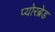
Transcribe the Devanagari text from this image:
प्योरब्रेड